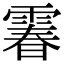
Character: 𩄄